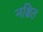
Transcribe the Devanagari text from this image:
नश्चित